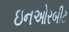
ઇનઓરબીટ